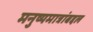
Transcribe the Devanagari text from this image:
मनुष्यमात्रांबद्दल